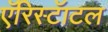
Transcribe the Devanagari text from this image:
एॅरिस्टॅाटल